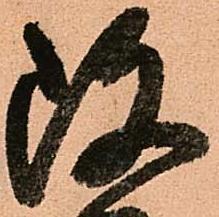
改